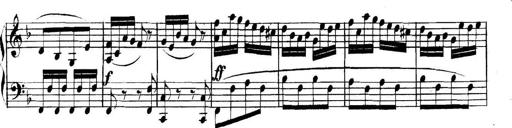
Title: Collected Piano Sonatas
Composer: Muzio Clementi